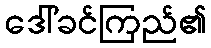
ဒေါ်ခင်ကြည်၏